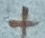
Text: +